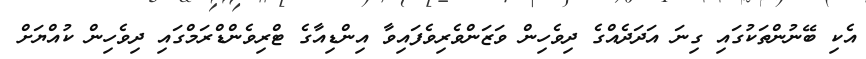
އެކި ބޭނުންތަކުގައި ގިނަ އަދަދެއްގެ ދިވެހިން ވަޒަންވެރިވެފައިވާ އިންޑިއާގެ ޓްރިވެންޑްރަމްގައި ދިވެހިން ކުއްޔަށް